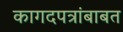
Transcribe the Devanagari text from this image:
कागदपत्रांबाबत